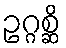
ဥဂ္ဂစ္ဆိ